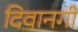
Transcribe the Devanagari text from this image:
दिवानगी